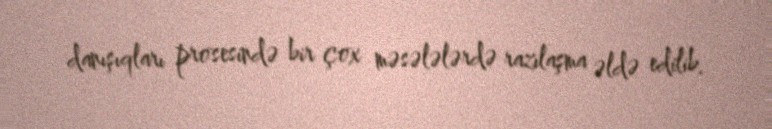
danışıqları prosesində bir çox məsələlərdə razılaşma əldə edilib.